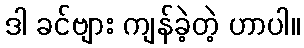
ဒါ ခင်ဗျား ကျန်ခဲ့တဲ့ ဟာပါ။